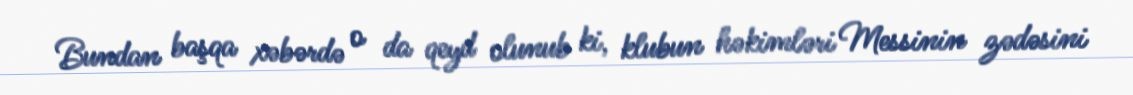
Bundan başqa xəbərdə o da qeyd olunub ki, klubun həkimləri Messinin zədəsini